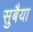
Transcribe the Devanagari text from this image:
सुबैया